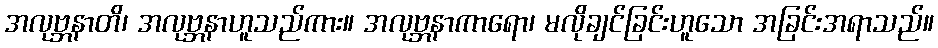
အလုဗ္ဘနာတိ၊ အလုဗ္ဘနာဟူသည်ကား။ အလုဗ္ဘနာကာရော၊ မလိုချင်ခြင်းဟူသော အခြင်းအရာသည်။